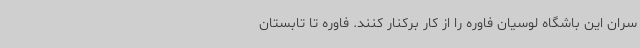
سران این باشگاه لوسیان فاوره را از کار برکنار کنند. فاوره تا تابستان